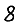
Digit: 8